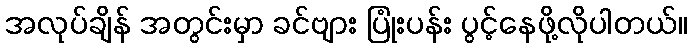
အလုပ်ချိန် အတွင်းမှာ ခင်ဗျား ပြုံးပန်း ပွင့်နေဖို့လိုပါတယ်။